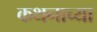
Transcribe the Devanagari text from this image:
कथनाच्या